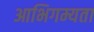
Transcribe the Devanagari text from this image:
आभिगम्यता